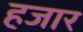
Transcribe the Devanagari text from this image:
हजार